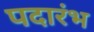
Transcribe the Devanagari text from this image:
पदारंभ